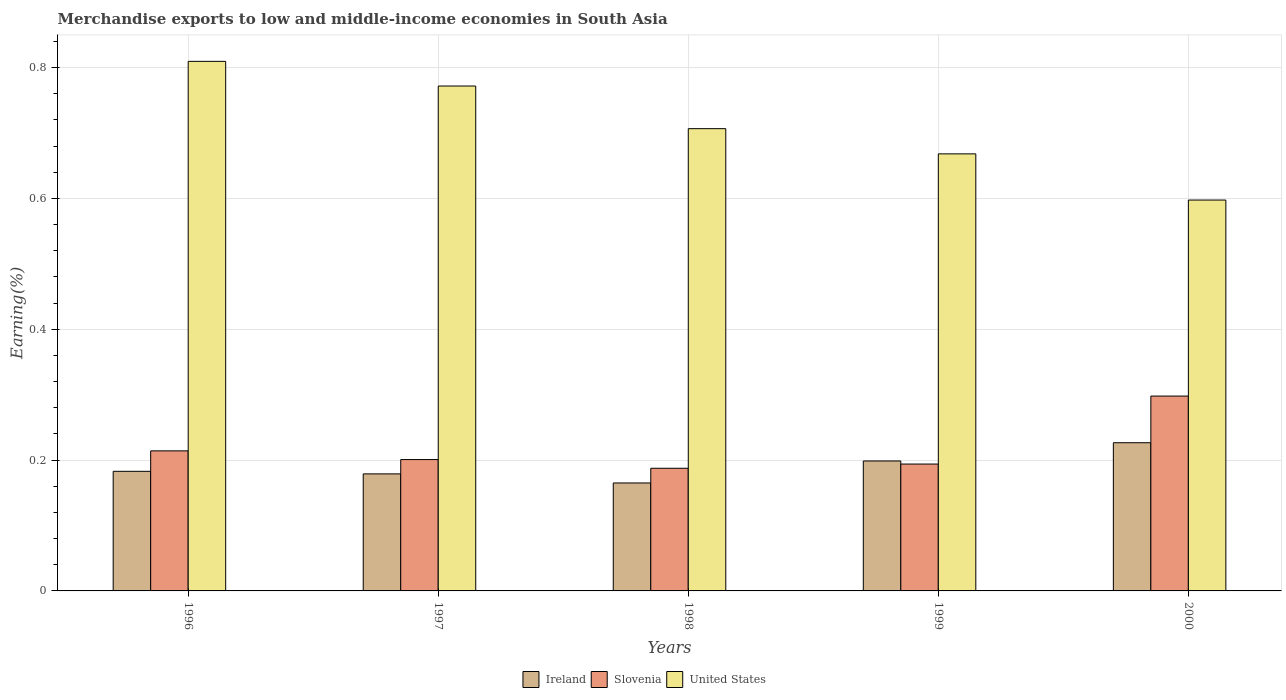
| Years | Ireland | Slovenia | United States |
 | --- | --- | --- | --- |
 | 1996 | 0.183 | 0.214 | 0.809 |
 | 1997 | 0.179 | 0.201 | 0.772 |
 | 1998 | 0.165 | 0.187 | 0.707 |
 | 1999 | 0.199 | 0.194 | 0.668 |
 | 2000 | 0.227 | 0.298 | 0.597 |